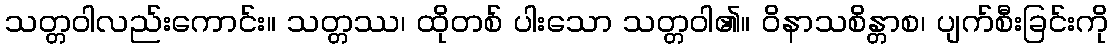
သတ္တဝါလည်းကောင်း။ သတ္တဿ၊ ထိုတစ် ပါးသော သတ္တဝါ၏။ ဝိနာသစိန္တာစ၊ ပျက်စီးခြင်းကို